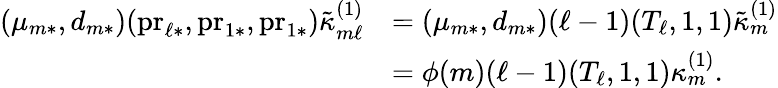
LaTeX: \begin{array}{rl}{(\mu_{m*},d_{m*})(\mathrm{pr}_{\ell*},\mathrm{pr}_{1*},\mathrm{pr}_{1*})\tilde{\kappa}_{m\ell}^{(1)}}&{=(\mu_{m*},d_{m*})(\ell-1)(T_{\ell},1,1)\tilde{\kappa}_{m}^{(1)}}\\ &{=\phi(m)(\ell-1)(T_{\ell},1,1)\kappa_{m}^{(1)}.}\end{array}